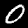
Digit: 0